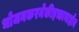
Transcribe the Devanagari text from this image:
भोजनकरनेकीइच्छानाहोन